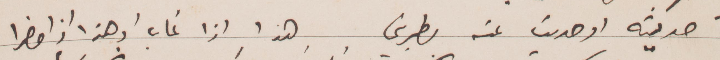
حديثه او حديث عنه  يطربني هذا اذا غاب أو هذا اذا حضرا